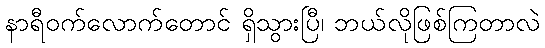
နာရီဝက်လောက်တောင် ရှိသွားပြီ၊ ဘယ်လိုဖြစ်ကြတာလဲ